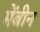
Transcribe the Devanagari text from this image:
मेंबीन